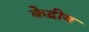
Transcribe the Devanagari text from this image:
के॓द्रीय